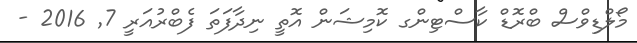
މޯލްޑިވްސް ބްރޮޑް ކާސްޓިންގ ކޮމިޝަން އޮތީ ނިދާފަތަ ފެބްރުއަރީ 7